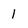
Character: 1